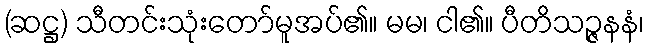
(ဆဋ္ဌ) သီတင်းသုံးတော်မူအပ်၏။ မမ၊ ငါ၏။ ပီတိသဉ္ဇနနံ၊